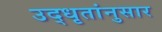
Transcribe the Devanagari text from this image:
उद्‌धृतांनुसार